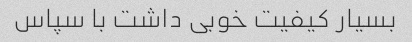
بسیار کیفیت خوبی داشت با سپاس